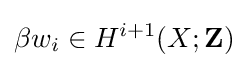
\beta w_{i}\in H^{i+1}(X;\mathbf {Z} )